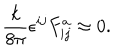
{ \frac { k } { 8 \pi } } \epsilon ^ { i j } F _ { i j } ^ { a } \approx 0 .